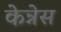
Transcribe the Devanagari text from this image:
केन्नेस